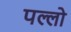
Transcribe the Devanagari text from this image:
पल्लो